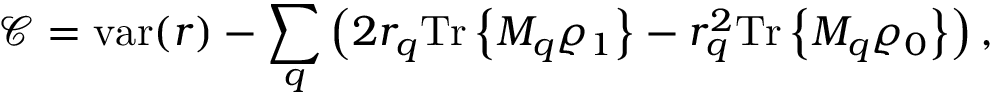
\mathcal { C } = \mathrm { v a r } ( r ) - \sum _ { q } \left( 2 r _ { q } \mathrm { T r } \left\{ M _ { q } \varrho _ { 1 } \right\} - r _ { q } ^ { 2 } \mathrm { T r } \left\{ M _ { q } \varrho _ { 0 } \right\} \right) ,